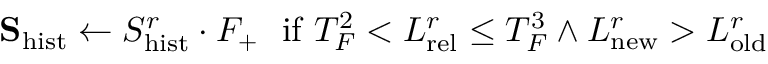
\mathbf { S } _ { \mathrm { h i s t } } \leftarrow S _ { \mathrm { h i s t } } ^ { r } \cdot F _ { + } \ \ \mathrm { i f } \ T _ { F } ^ { 2 } < L _ { \mathrm { r e l } } ^ { r } \leq T _ { F } ^ { 3 } \land L _ { \mathrm { n e w } } ^ { r } > L _ { \mathrm { o l d } } ^ { r }